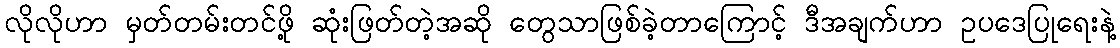
လိုလိုဟာ မှတ်တမ်းတင်ဖို့ ဆုံးဖြတ်တဲ့အဆို တွေသာဖြစ်ခဲ့တာကြောင့် ဒီအချက်ဟာ ဥပဒေပြုရေးနဲ့